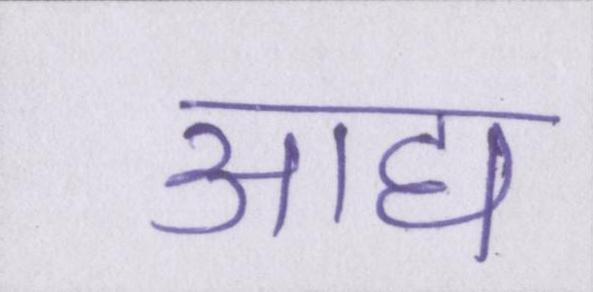
आद्य